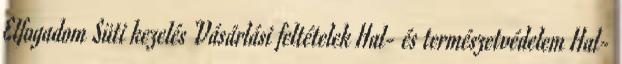
Elfogadom Süti kezelés Vásárlási feltételek Hal- és természetvédelem Hal-